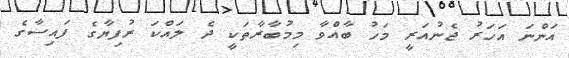
އަންނަ އަހަރު ޖެނުއަރީ މަހު ބާއްވާ މިމުބާރާތަކީ ދެ ލައްކަ ރުފިޔާގެ ފައިސާގެ